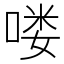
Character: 喽